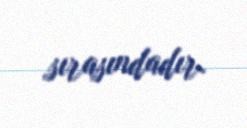
sırasındadır.